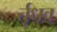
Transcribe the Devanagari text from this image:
र्तृधव